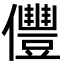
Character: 㒥